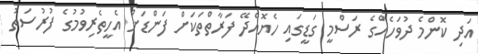
އަދި ކޮންމެ ދުވަހެއްގެ ރަސްމީ ގަޑީގައި ހެޔޮއެދޭ ފަރާތްތަކަށް ފަންޑަށް އެހީތެރިވުމުގެ ފުރުސަތު